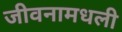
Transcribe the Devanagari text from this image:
जीवनामधली